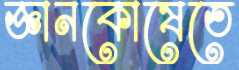
জ্ঞানকোষেতে